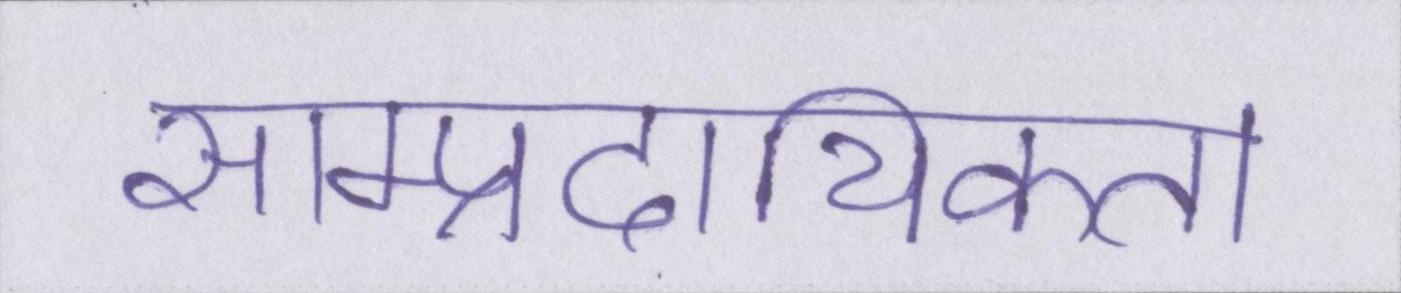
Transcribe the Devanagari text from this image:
साम्प्रदायिकता